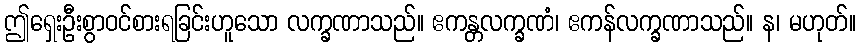
ဤရှေးဦးစွာဝင်စားရခြင်းဟူသော လက္ခဏာသည်။ ဧကန္တလက္ခဏံ၊ ဧကန်လက္ခဏာသည်။ န၊ မဟုတ်။